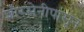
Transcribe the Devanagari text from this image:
शौरसेनीपासून